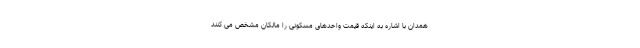
همدان با اشاره به اینکه قیمت واحدهای مسکونی را مالکان مشخص می کنند